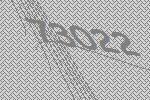
73022